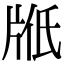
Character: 𤖿